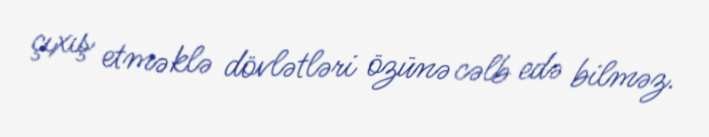
çıxış etməklə dövlətləri özünə cəlb edə bilməz.